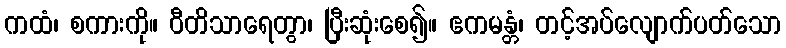
ကထံ၊ စကားကို။ ဝီတိသာရေတွာ၊ ပြီးဆုံးစေ၍။ ဧကမန္တံ၊ တင့်အပ်လျောက်ပတ်သော